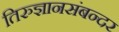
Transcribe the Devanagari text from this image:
तिरुज्ञानसंबन्दर